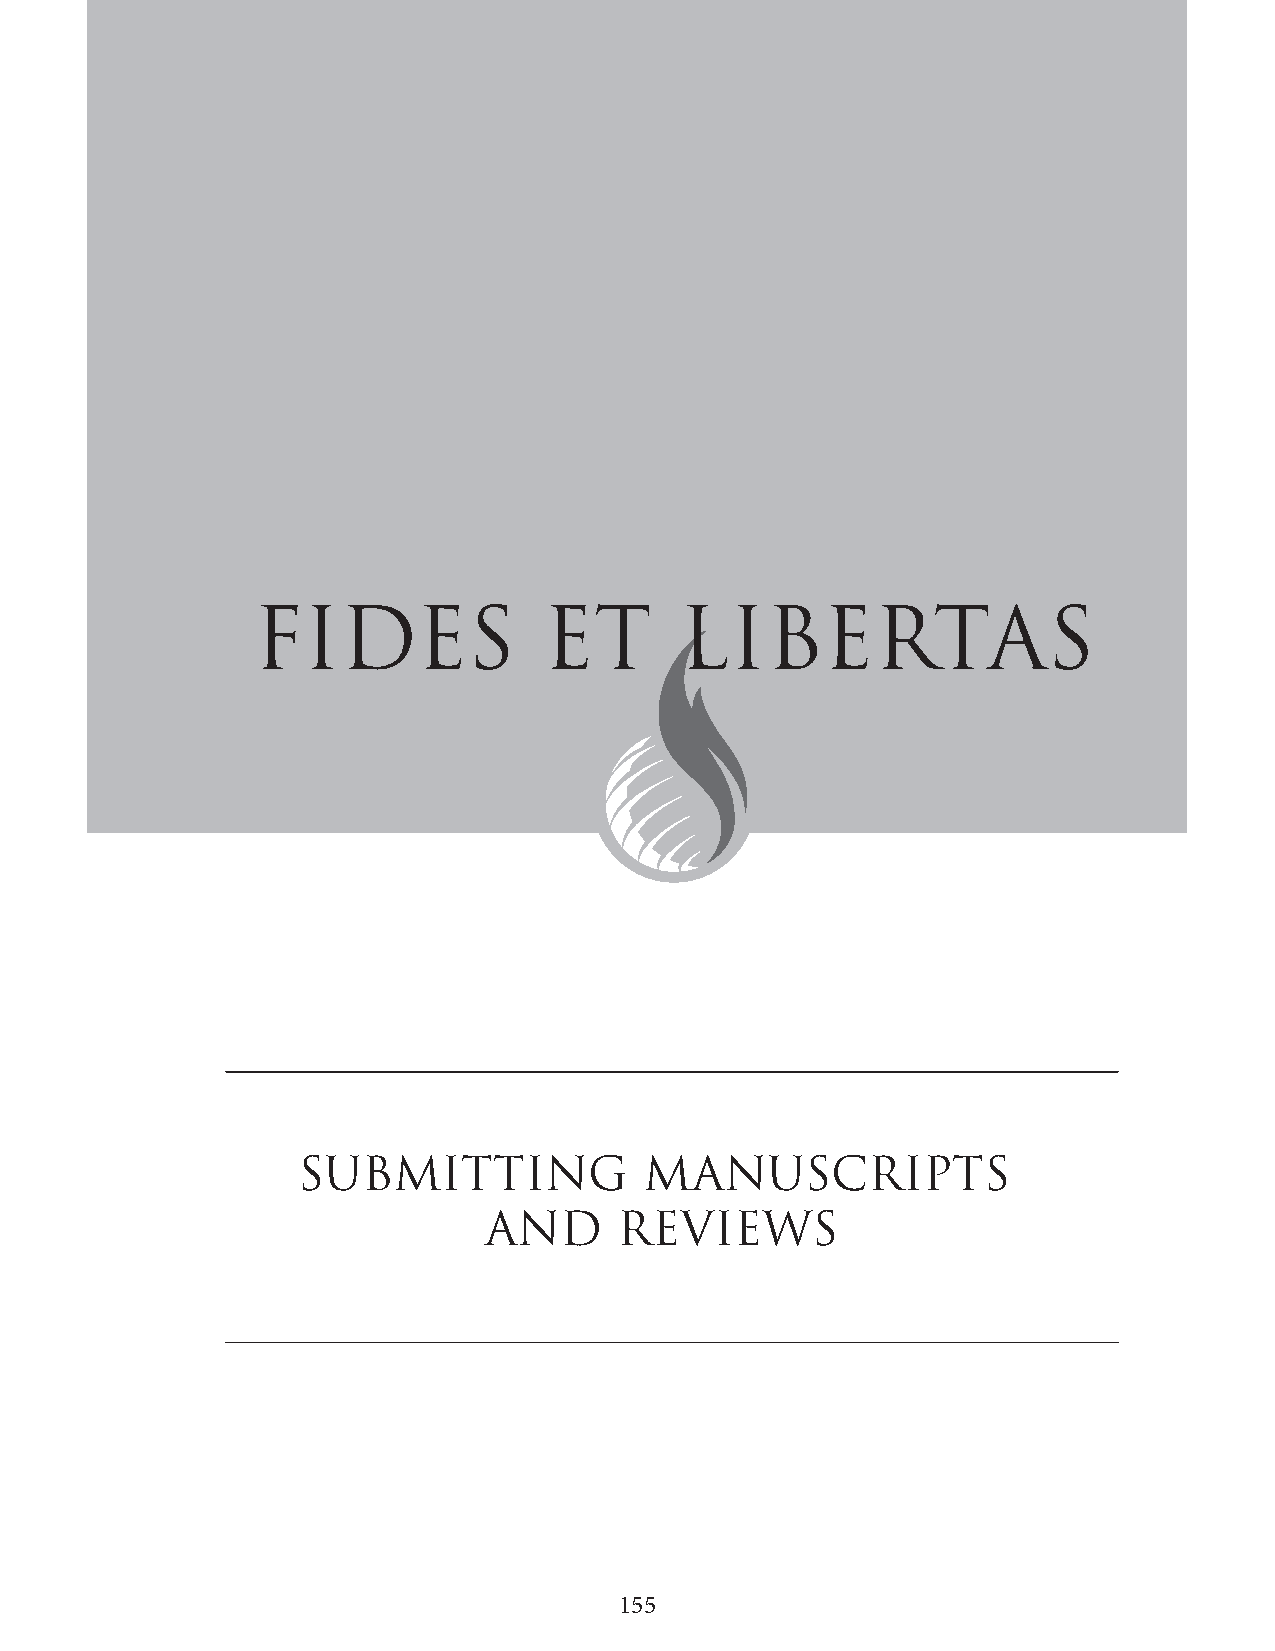
SUBMITTING             MANUSCRIPTS
 AND      REVIEWS
 155